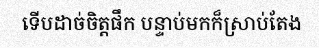
ទើបដាច់ចិត្តផឹក បន្ទាប់មកក៏ស្រាប់តែង